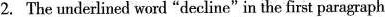
2.The underlined word "decline"in the first paragraph